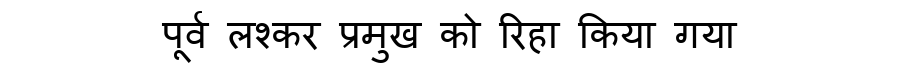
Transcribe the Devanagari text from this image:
पूर्व लश्कर प्रमुख को रिहा किया गया